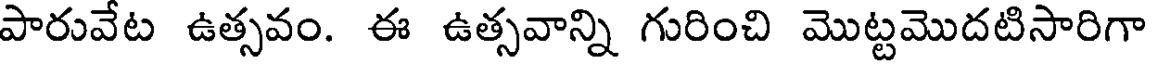
పారువేట ఉత్సవం. ఈ ఉత్సవాన్ని గురించి మొట్టమొదటిసారిగా